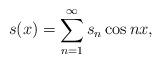
LaTeX: \begin{align*} s(x) = \sum_{n=1}^{\infty} s_n \cos n x,\end{align*}